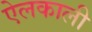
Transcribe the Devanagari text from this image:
ऐलकाली